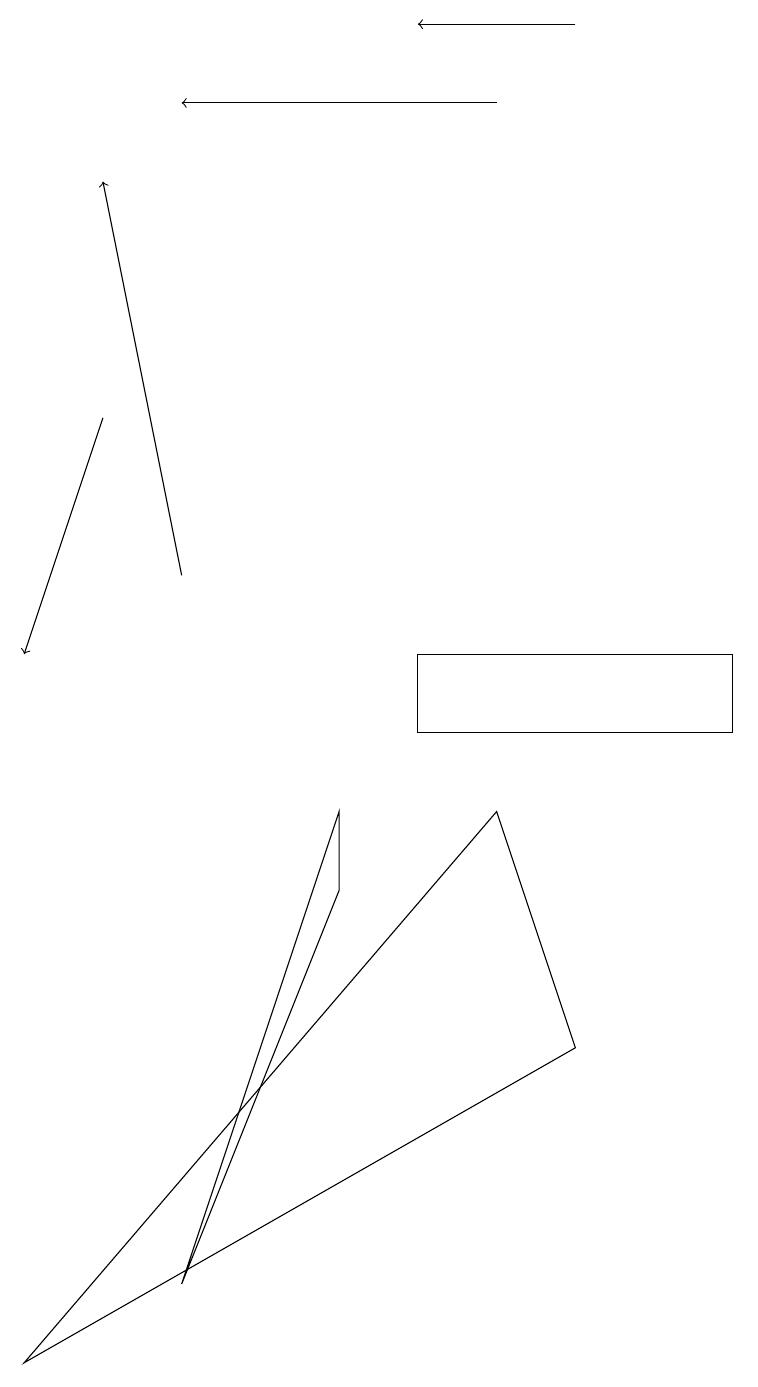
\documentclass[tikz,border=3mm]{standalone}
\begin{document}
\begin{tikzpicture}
\draw (2,3) -- (4,8) -- (4,9) -- cycle;
\draw[->] (7,19) -- (5,19);
\draw[->] (2,12) -- (1,17);
\draw[->] (6,18) -- (2,18);
\draw[->] (1,14) -- (0,11);
\draw (0,2) -- (6,9) -- (7,6) -- cycle;
\draw (9,10) rectangle (5,11);
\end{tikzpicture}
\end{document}